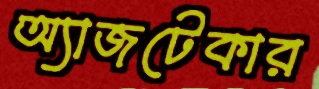
অ্যাজটেকার